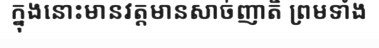
ក្នុងនោះមានវត្តមានសាច់ញាតិ ព្រមទាំង